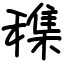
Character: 穕